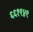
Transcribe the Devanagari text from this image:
६६१९४९